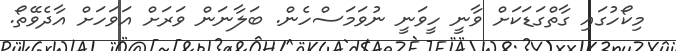
މިކޯހުގައި ގާތްގަޑަކަށް ވާނީ ހީވަނީ ނުވަމަސްހެން. ބަލާނަން ވަރަށް އަވަހަށް އާދެވޭތޯ.